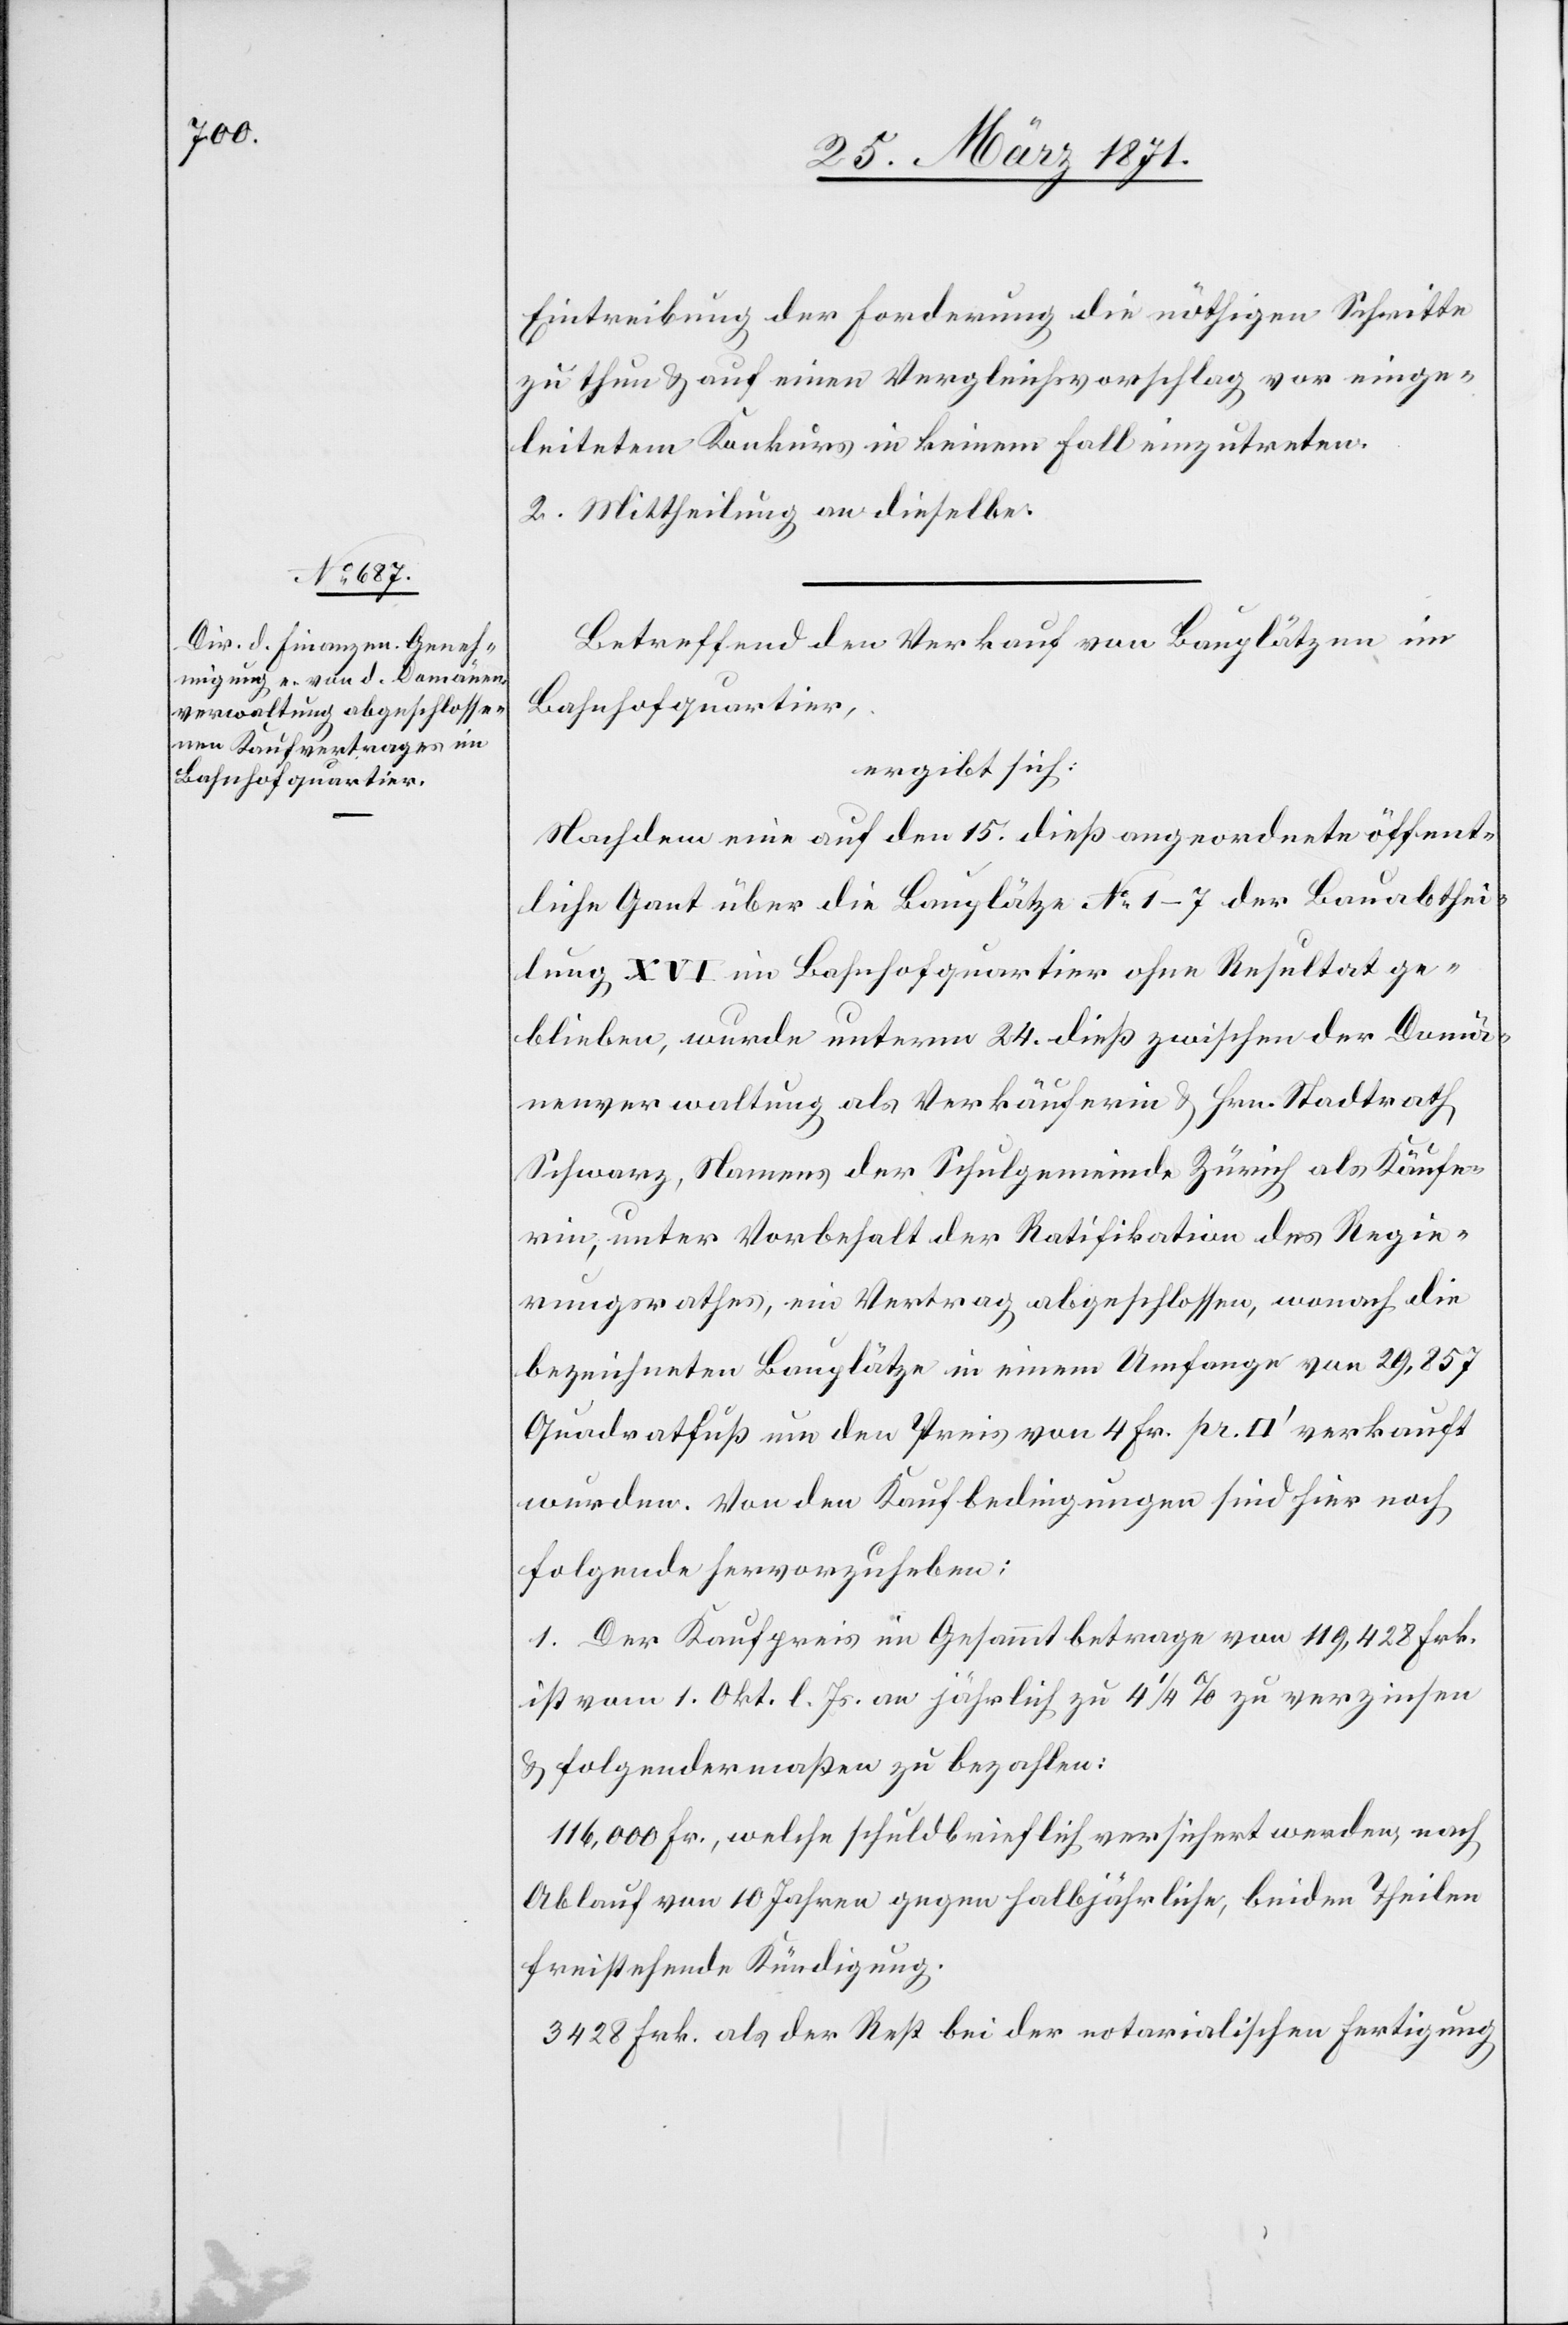
Eintreibung der Forderung die nöthigen Schritte
zu thun u. auf einen Vergleichsvorschlag vor einge¬
leitetem Konkurs in keinem Fall einzutreten.
2. Mittheilung an dieselbe.
Betreffend den Verkauf von Bauplätzen im
Bahnhofquartier,
ergibt sich:
Nachdem eine auf den 15. dieß angeordnete öffent¬
liche Gant über die Bauplätze No. 1–7 der Bauabthei¬
lung XVI im Bahnhofquartier ohne Resultat ge¬
blieben, wurde unterm 24. dieß zwischen der Domä¬
nenverwaltung als Verkäuferin u. Hrn. Stadtrath
Schwarz, Namens der Schulgemeinde Zürich als Käufe¬
rin, unter Vorbehalt der Ratifikation des Regie¬
rungsrathes, ein Vertrag abgeschlossen, wonach die
Quadratfuß um den Preis von 4 Fr. pr. [Quadratfuss] verkauft
wurden. Von den Kaufbedingungen sind hier noch
folgende hervorzuheben:
1. Der Kaufpreis im Gesammtbetrage von 119,428 Frk.
ist vom 1. Okt. l. Js. an jährlich zu 4 1/2 % zu verzinsen
u. folgendermaßen zu bezahlen:
116,000 Fr., welche schuldbrieflich versichert werden, nach
Ablauf von 10 Jahren gegen halbjährliche, beiden Theilen
freistehende Kündigung.
3428 Frk. als der Rest bei der notarialischen Fertigung